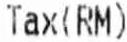
TAX(RM)